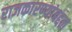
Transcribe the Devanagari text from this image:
राजकारण्यांबद्दल